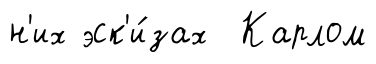
н'их эск'и́зах Карлом